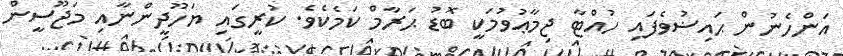
އަންހެނުން ޙައިޟުވެފައި ހުއްޓާ ޖިމާޢުވުމަކީ ބޮޑު ޙަރާމް ކަމެކެވެ. ކުރީގައި ޔަހޫދީންނާއި މަޖޫސީން